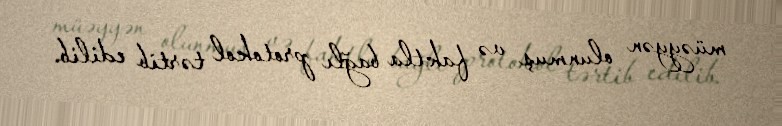
müəyyən olunmuş və faktla bağlı protokol tərtib edilib.